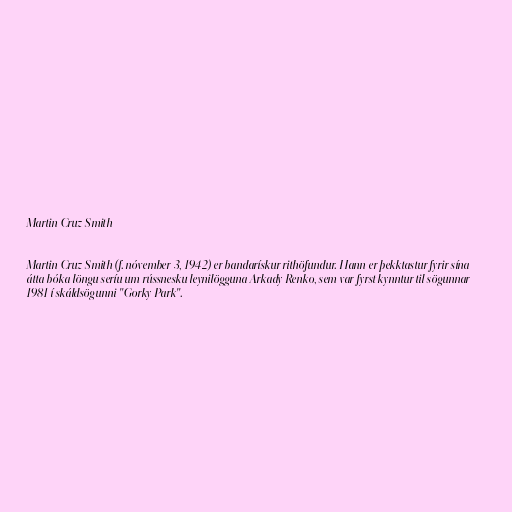
Martin Cruz Smith

Martin Cruz Smith (f. nóvember 3, 1942) er bandarískur rithöfundur. Hann er þekktastur fyrir sína
átta bóka löngu seríu um rússnesku leynilögguna Arkady Renko, sem var fyrst kynntur til sögunnar
1981 í skáldsögunni "Gorky Park".